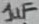
Text: 1uF